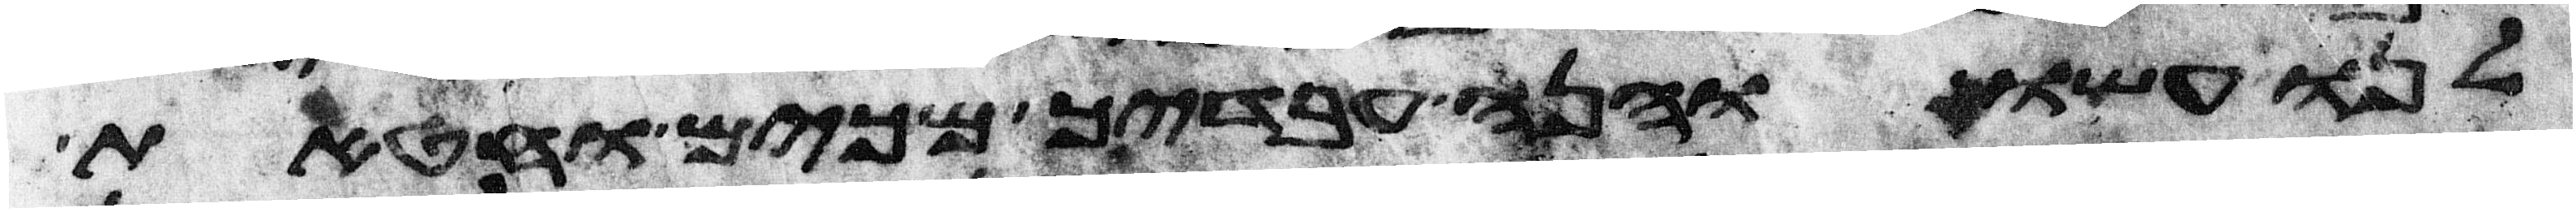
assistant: לנו עשו והנה עבדיך מכים וחטאת